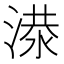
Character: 𬈘